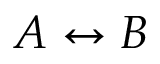
A \leftrightarrow B